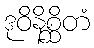
ဒုဝိနိစ္ဆိတံ